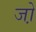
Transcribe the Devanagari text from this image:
जो़